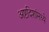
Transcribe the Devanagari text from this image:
अष्टदिशांमध्ये